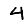
Digit: 4